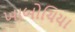
ખાબોચિયા